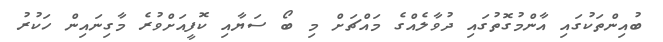
ބުއިންތަކުގައި އާންމުގޮތުގައި ދުވާލެއްގެ މައްޗަށް މި ބޯ ސަޔާއި ކޮފީއަށްވުރެ މާގިނައިން ހަކުރު